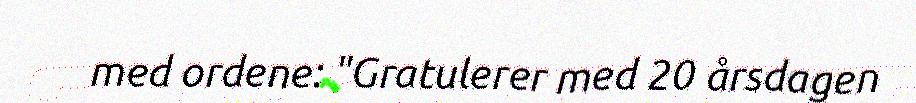
med ordene: "Gratulerer med 20 årsdagen